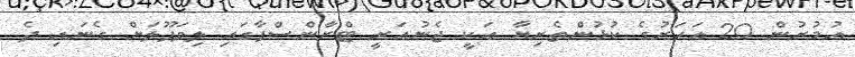
އުމުރުން 20 އަހަރުގެ ކުޅުންތެރިޔާ އަކީ ޖެނުއަރީ ޓްރާންސްފާގައި ލިވަޕޫލަށް ގެނައި ދެ